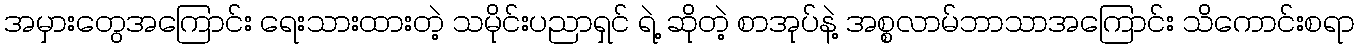
အမှားတွေအကြောင်း ရေးသားထားတဲ့ သမိုင်းပညာရှင် ရဲ့ ဆိုတဲ့ စာအုပ်နဲ့ အစ္စလာမ်ဘာသာအကြောင်း သိကောင်းစရာ